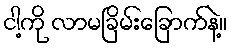
ငါ့ကို လာမခြိမ်းခြောက်နဲ့။